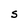
Character: S